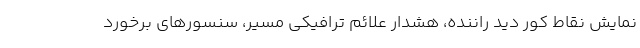
نمایش نقاط کور دید راننده، هشدار علائم ترافیکی مسیر، سنسورهای برخورد